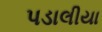
પડાલીયા